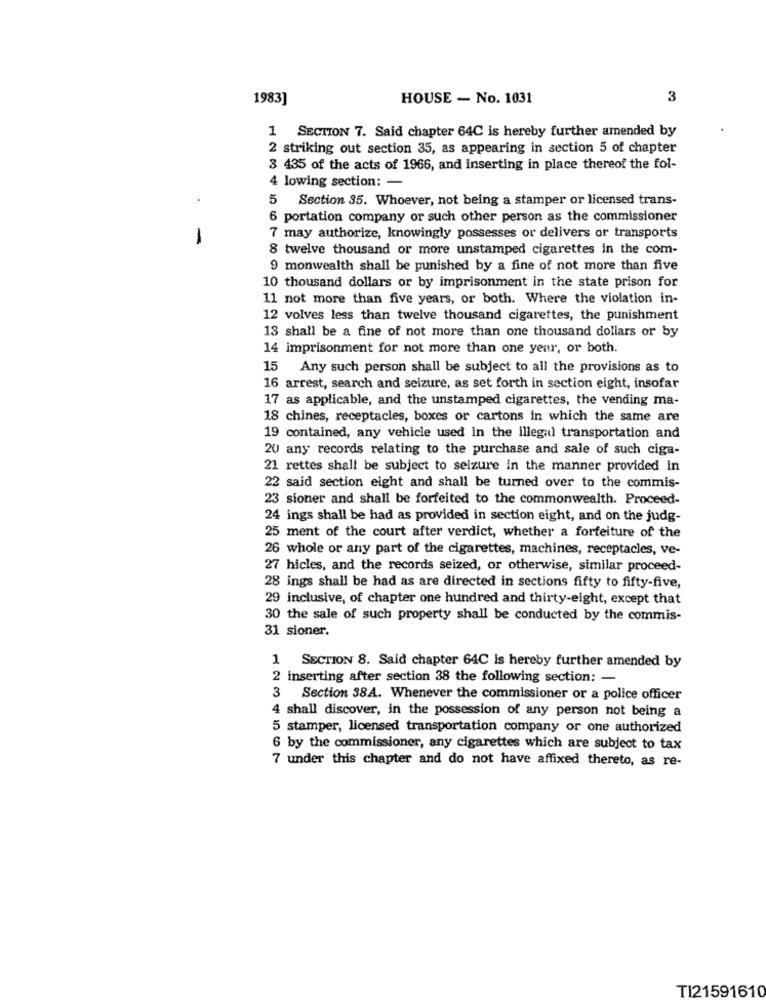
1983]
HOUSE - No. 1031
3
1 SECTION 7. Said chapter 64C is hereby further amended by
2 striking out section 35, as appearing in section 5 of chapter
3 435 of the acts of 1966, and inserting in place thereof the fol-
4 lowing section: -
5 Section 35. Whoever, not being a stamper or licensed trans-
6 portation company or such other person as the commissioner
-
7 may authorize, knowingly possesses or delivers or transports
8 twelve thousand or more unstamped cigarettes in the com-
9 monwealth shall be punished by a fine of not more than five
10 thousand dollars or by imprisonment in the state prison for
11 not more than five years, or both. Where the violation in-
12 volves less than twelve thousand cigarettes, the punishment
13 shall be a fine of not more than one thousand dollars or by
14 imprisonment for not more than one year, or both.
15
Any such person shall be subject to all the provisions as to
16 arrest, search and seizure, as set forth in section eight, insofar
17 as applicable, and the unstamped cigarettes, the vending ma-
18 chines, receptacles, boxes or cartons in which the same are
19 contained, any vehicle used in the illegal transportation and
20 any records relating to the purchase and sale of such ciga-
21 rettes shall be subject to seizure in the manner provided in
22 said section eight and shall be turned over to the commis-
23 sioner and shall be forfeited to the commonwealth. Proceed-
24 ings shall be had as provided in section eight, and on the judg-
25 ment of the court after verdict, whether a forfeiture of the
26 whole or any part of the cigarettes, machines, receptacles, ve-
27 hicles, and the records seized, or otherwise, similar proceed-
28 ings shall be had as are directed in sections fifty to fifty-five,
29 inclusive, of chapter one hundred and thirty-eight, except that
30 the sale of such property shall be conducted by the commis-
31 sioner.
1 SECTION 8. Said chapter 64C is hereby further amended by
2 inserting after section 38 the following section: -
Section 38A. Whenever the commissioner or a police officer
4 shall discover, in the possession of any person not being a
5 stamper, licensed transportation company or one authorized
6 by the commissioner, any cigarettes which are subject to tax
7 under this chapter and do not have affixed thereto, as re-
TI21591610